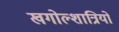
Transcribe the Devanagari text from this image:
खगोल्शात्रियों